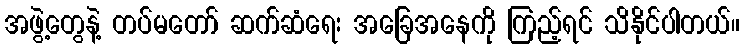
အဖွဲ့တွေနဲ့ တပ်မတော် ဆက်ဆံရေး အခြေအနေကို ကြည့်ရင် သိနိုင်ပါတယ်။